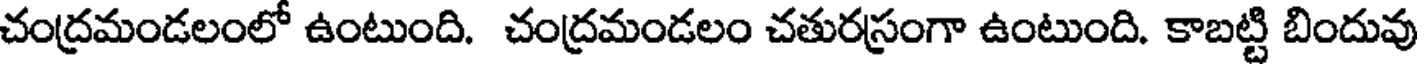
చంద్రమండలంలో ఉంటుంది. చంద్రమండలం చతురస్రంగా ఉంటుంది. కాబట్టి బిందువు